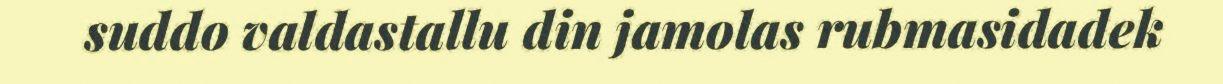
suddo valdastallu din jamolas rubmasidadek